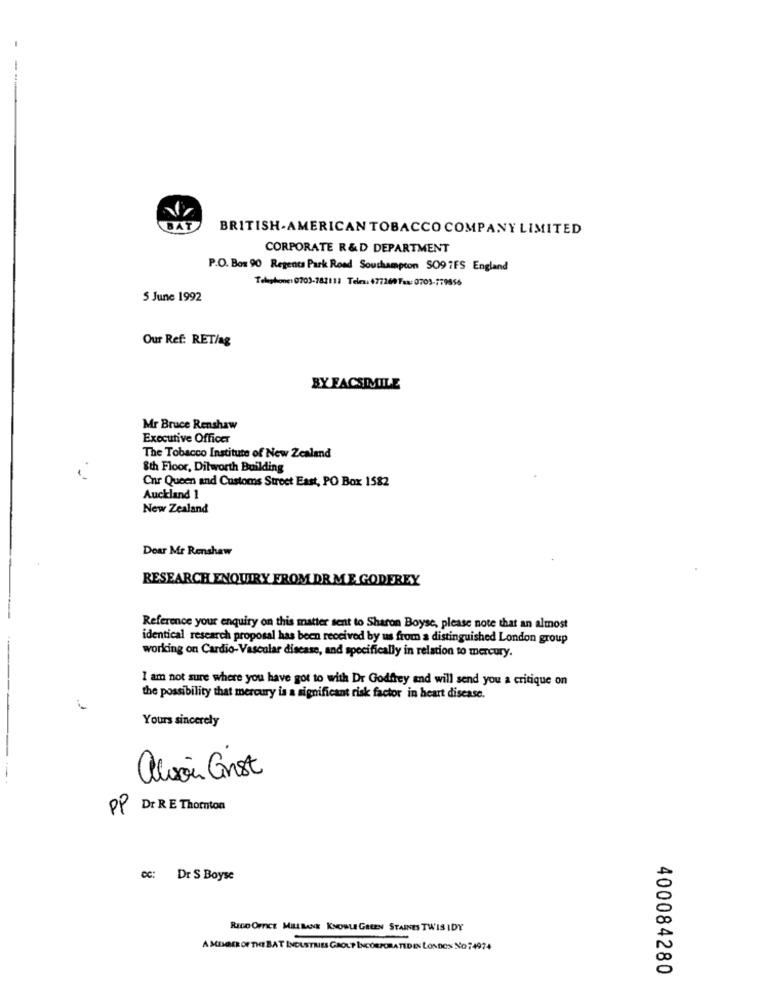
BAT
BRITISH-AMERICAN TOBACCO COMPANY LIMITED
CORPORATE R&D DEPARTMENT
P.O. Box 90 Regents Park Road Southampton SO9 7FS England
Telephone: 0703-782118 Teles: 477260Fax: 0703-779856
5 June 1992
Our Ref: RET/ag
BY FACSIMILE
Mr Bruce Renshaw
Executive Officer
The Tobacco Institute of New Zealand
8th Floor, Dilworth Building
Cnr Queen and Customs Street East, PO Box 1582
Auckland 1
New Zealand
Dear Mr Renshaw
RESEARCH ENQUIRY FROM DR ME GODEREY
Reference your enquiry on this matter sent to Sharon Boyse, please note that an almost
identical research proposal has been received by us from a distinguished London group
working on Cardio-Vascular disease, and specifically in relation to mercury.
I am not sure where you have got to with Dr Godfrey and will send you a critique on
the possibility that mercury is a significant risk factor in heart disease.
Yours sincerely
alison Gist
PP DIRE Thorton
cc: Dr S Boyse
RICO OFFICE MILL BANE KNOWLE GREEN STAINES TWIS IDY
A MEMBER OF THE BAT INDUSTRIES GROUP INCORPORATED IN LONDON NO :4974
400084280